Civil Veterinary Dept. Assam report 1927-50 - 1927-1950
Year: 1927
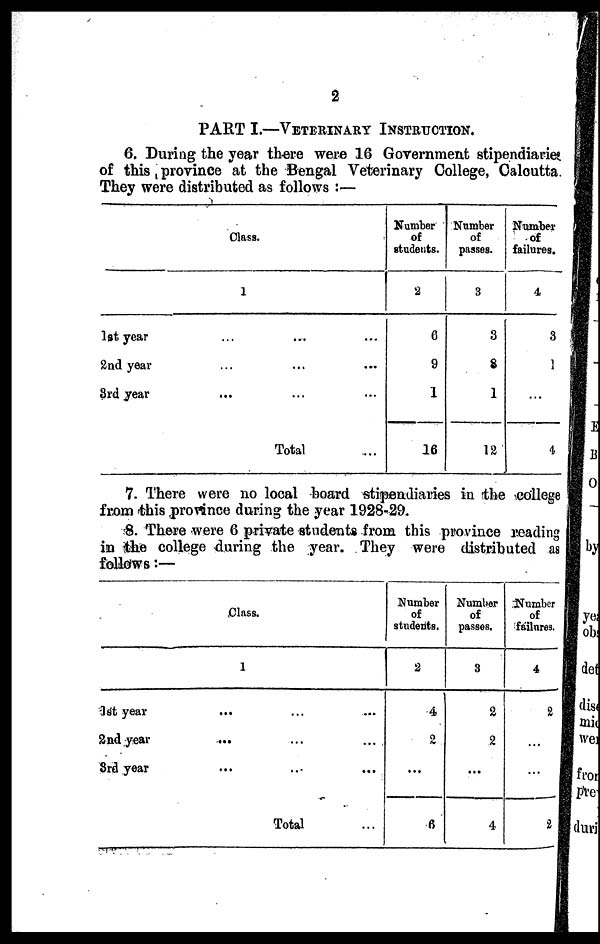
2
PART I.—VETERINARY INSTRUCTION.
6. During the year there were 16 Government stipendiaries
of this province at the Bengal Veterinary College, Calcutta.
They were distributed as follows :—
Class.
1
1st year ... ... ...
2nd year ... ... ...
3rd year ... ... ...
Total ...
Number
of
students.
2
6
9
1
16
Number
of
passes.
3
3
8
1
12
Number
of
failures.
4
3
1
...
4
7. There were no local board stipendiaries in the college
from this province during the year 1928-29.
8. There were 6 private students from this province reading
in the college during the year. They were distributed as
follows:—
Class.
1
1st year ... ... ...
2nd year ... ... ...
3rd year ... ... ...
Total ...
Number
of
students.
2
4
2
...
6
Number
of
passes.
3
2
2
...
4
Number
of
failures.
4
2
...
...
2